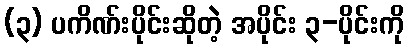
(၃) ပကိဏ်းပိုင်းဆိုတဲ့ အပိုင်း ၃-ပိုင်းကို